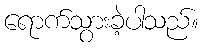
ရောက်သွားခဲ့ပါသည်။